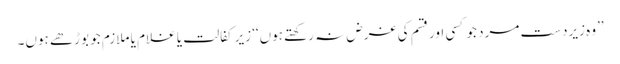
’’وہ زیردست مرد جو کسی اور قسم کی غرض نہ رکھتے ہوں‘‘ زیر کفالت یا غلام یا ملازم جو بوڑھے ہوں۔